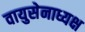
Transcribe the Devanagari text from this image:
वायुसेनाध्यक्ष